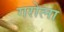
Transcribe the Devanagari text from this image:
गरोला